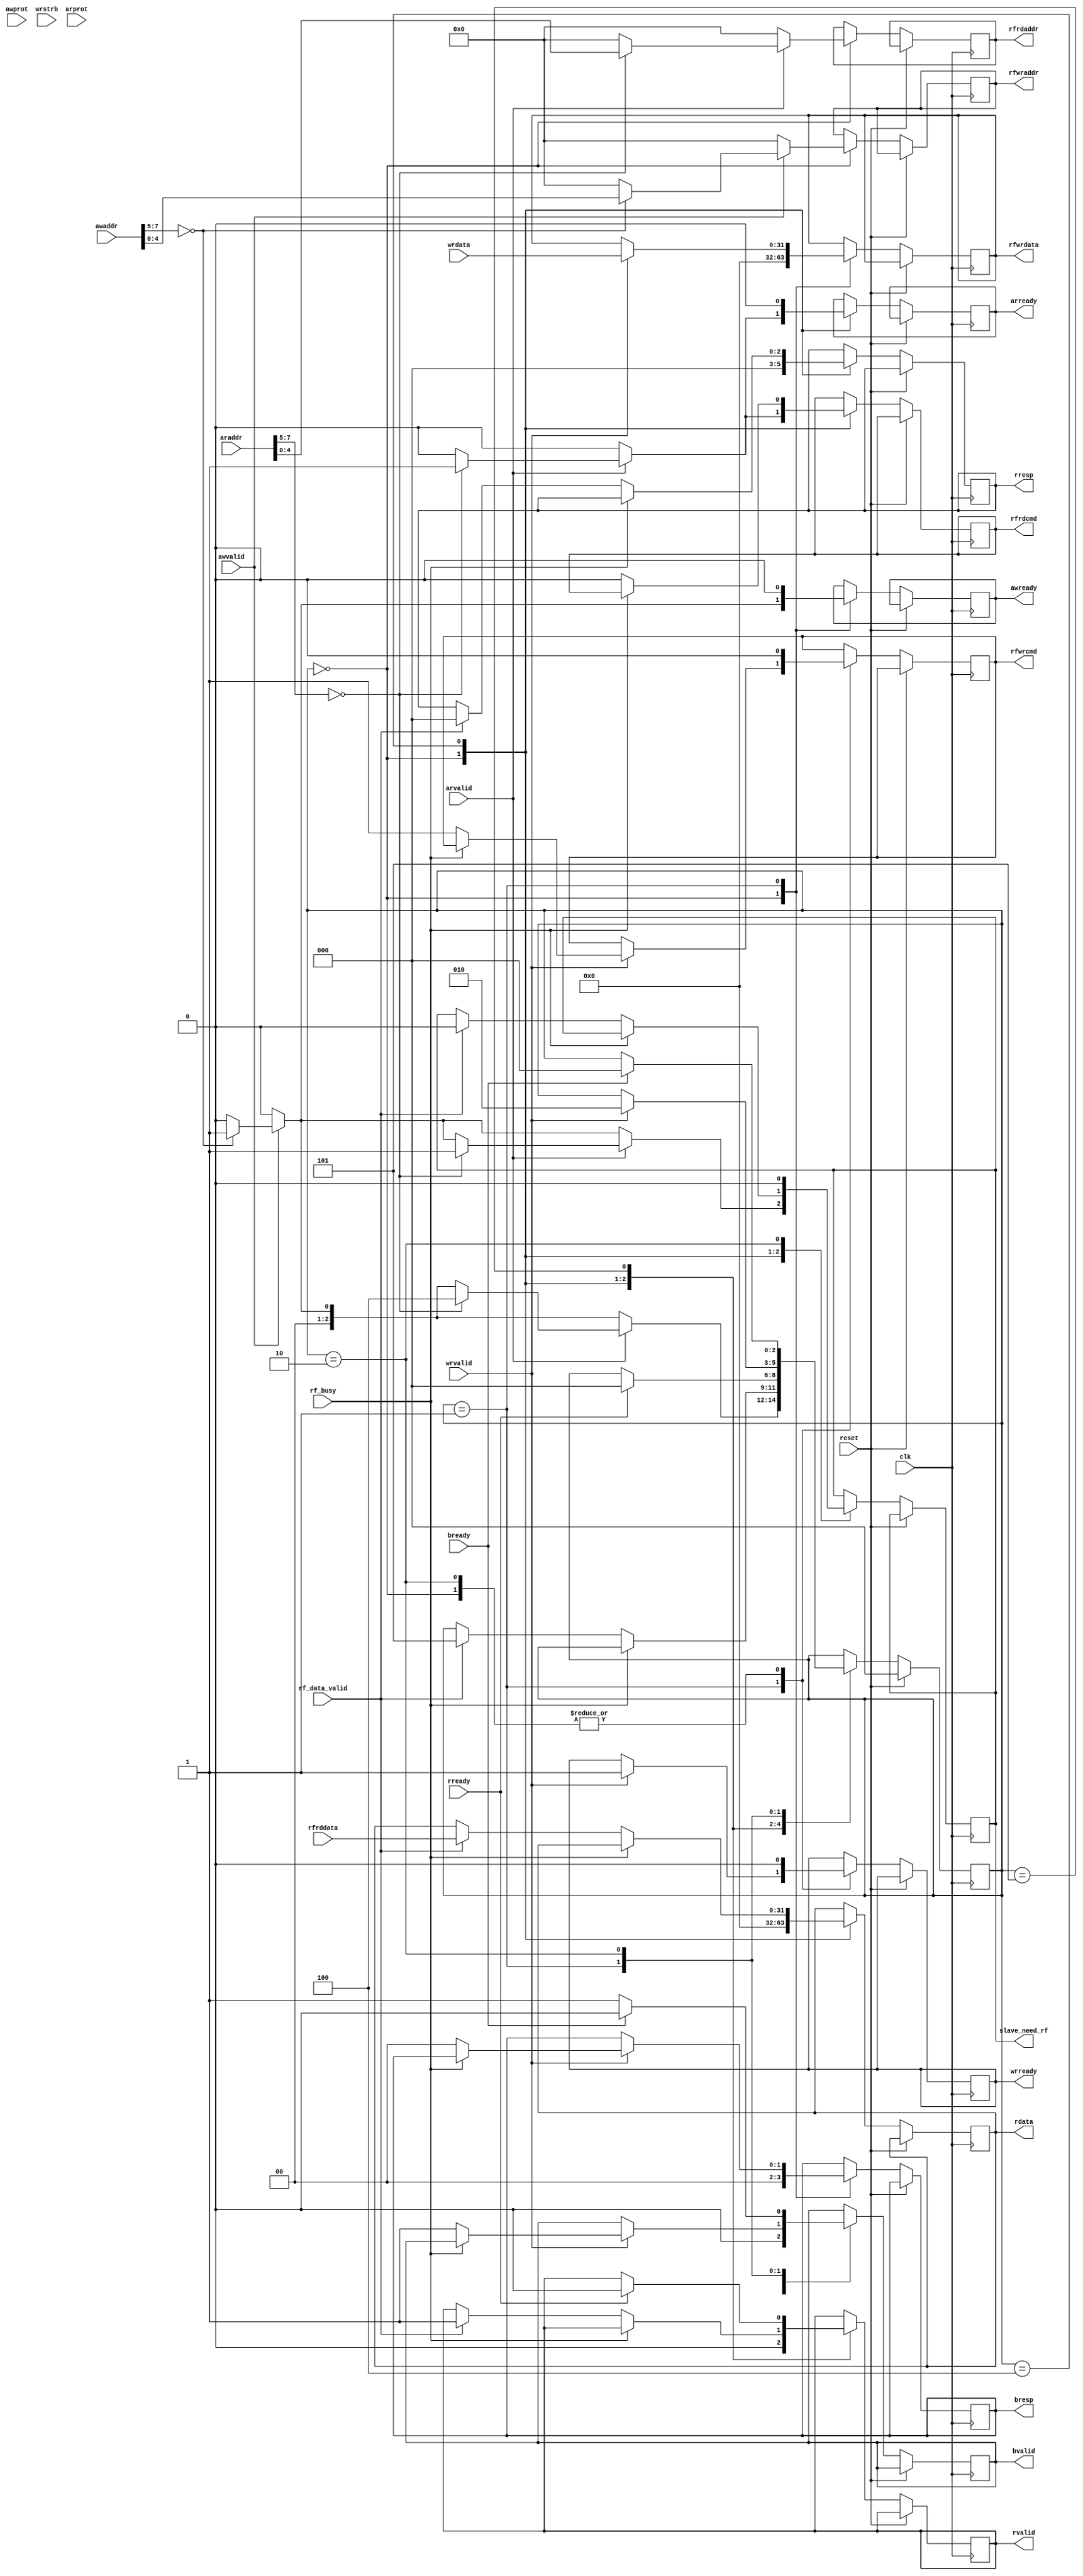
`timescale 1ns / 1ps
//////////////////////////////////////////////////////////////////////////////////
// Designed by Ivan Grafskiy
// Zelenograd, August,2012
// Module Axi4-lite slave
//////////////////////////////////////////////////////////////////////////////////
module axi4_lite_slave
				#(
					parameter ADDR_WIDTH = 8,
					parameter ADDR_WIDTH_SLAVE = 5,
					parameter DATA_WIDTH = 32,
					parameter STRB_WIDTH = DATA_WIDTH/8,
					parameter AXI_SLAVE_ADDR = 3'b000
				)


				(
					input 									reset,
					input 									clk,
					//write address channel
					input 									awvalid,
					output reg 								awready,
					input 		[1:0]						awprot,
					input 		[ADDR_WIDTH-1:0]		awaddr,
					//write data channel 
					input 									wrvalid,
					output reg 								wrready,
					input 		[STRB_WIDTH-1:0]		wrstrb,
					input  		[DATA_WIDTH-1:0]		wrdata,
					//write response channel
					input 									bready,
					output reg 								bvalid,
					output reg [1:0]						bresp,
					//read address channel
					input 									arvalid,
					output reg 								arready,
					input  		[ADDR_WIDTH-1:0]		araddr,
					input 		[1:0]						arprot,
					//read data channel
					output reg [DATA_WIDTH-1:0]		rdata,
					input 									rready,
					output reg 								rvalid,
					output reg [2:0]						rresp,
					//reg file interface
					output reg 								rfwrcmd,
					output reg 								rfrdcmd,
					output reg [ADDR_WIDTH_SLAVE-1:0] rfrdaddr,
					output reg [ADDR_WIDTH_SLAVE-1:0] rfwraddr,
					output reg[(DATA_WIDTH)-1:0] 	rfwrdata,
					input 		[(DATA_WIDTH)-1:0] 	rfrddata,
					input 									rf_busy,
					output reg 								slave_need_rf,
					input										rf_data_valid
					);
					
					  
localparam 		idle = 3'b000,
					write1 = 3'b001,
					write2 = 3'b010,
					read1 = 3'b100,
					read2 = 3'b101;
reg [2:0]statereg;
reg [DATA_WIDTH-1:0] datareg;




always@(posedge clk)
begin
	if(reset)
		begin
			statereg <= idle;
		end
	else
		begin
			case(statereg)
				idle:
					begin
						bvalid <= 0;
						wrready <= 1'b0;
						arready <= 1'b0;
						rdata <= 0;
						rfrdaddr <= 1'b0;
						rfwraddr <= 1'b0;
						rvalid <= 1'b0;
						rresp <= 2'b00;
						awready <= 1'b0;
						bresp <= 2'b00;
						rfwrcmd <= 1'b0;
						rfrdcmd <= 0;
						rfwrdata <= 0;
						statereg <= idle;  
						slave_need_rf <= 1'b0;
						if(awvalid)
							begin
								if(awaddr[7:5] == AXI_SLAVE_ADDR)
									begin
										statereg <= write1;
										rfwraddr <= awaddr[4:0];
										awready <= 1'b1;
										slave_need_rf <= 1'b1;
									end
							end 
						if(arvalid)
							begin
								if(araddr[7:5] == AXI_SLAVE_ADDR)
									begin
										statereg <= read1;
										rfrdaddr <= araddr[4:0];
										rfrdcmd <= 1'b1;
										arready <= 1'b1;
										slave_need_rf <= 1'b1;
									end
							end
					end
				read1:
					begin
						arready <= 1'b0;
						if(~rf_busy)
							begin
								rfrdcmd <= 1'b0;
								if(rf_data_valid)
									begin
										rdata <= rfrddata;
										rvalid <= 1'b1;
										rresp <= 2'b00;
										statereg <= read2;
										slave_need_rf <= 1'b0;
									end
							end
					end
				read2:
					begin
						if(rready)
							begin
								rvalid <= 1'b0;
								statereg <= idle;
							end
					end
				write1:
					begin
						awready <= 1'b0;
						if(wrvalid)
							begin
								wrready <= 1'b1;
								rfwrdata <= wrdata;
								statereg <= write2;
								if(~rf_busy)
									begin
										rfwrcmd <= 1'b1;
										bresp <= 2'b00;
										bvalid <= 1'b1;
									end
							end
					end
				write2:
					begin
						rfwrcmd <= 1'b0;
						wrready <= 1'b0;
						bvalid <= 1'b1;
						slave_need_rf <= 1'b0;
						if(bready)
							begin
								statereg <= idle;
								bvalid <= 1'b0;
							end
					end
		endcase
	end
end


endmodule